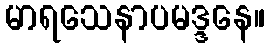
မာရသေနာပမဒ္ဒနေ။